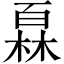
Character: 𤾓